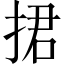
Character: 捃